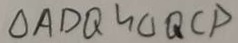
\Delta A D Q \sim \Delta Q C P